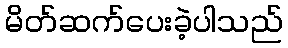
မိတ်ဆက်ပေးခဲ့ပါသည်